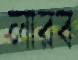
লারব